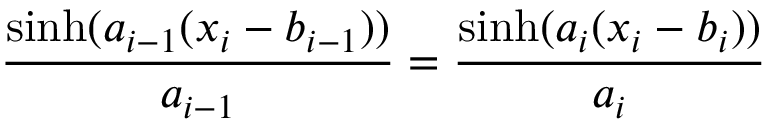
{ \frac { \sinh ( a _ { i - 1 } ( x _ { i } - b _ { i - 1 } ) ) } { a _ { i - 1 } } } = { \frac { \sinh ( a _ { i } ( x _ { i } - b _ { i } ) ) } { a _ { i } } }